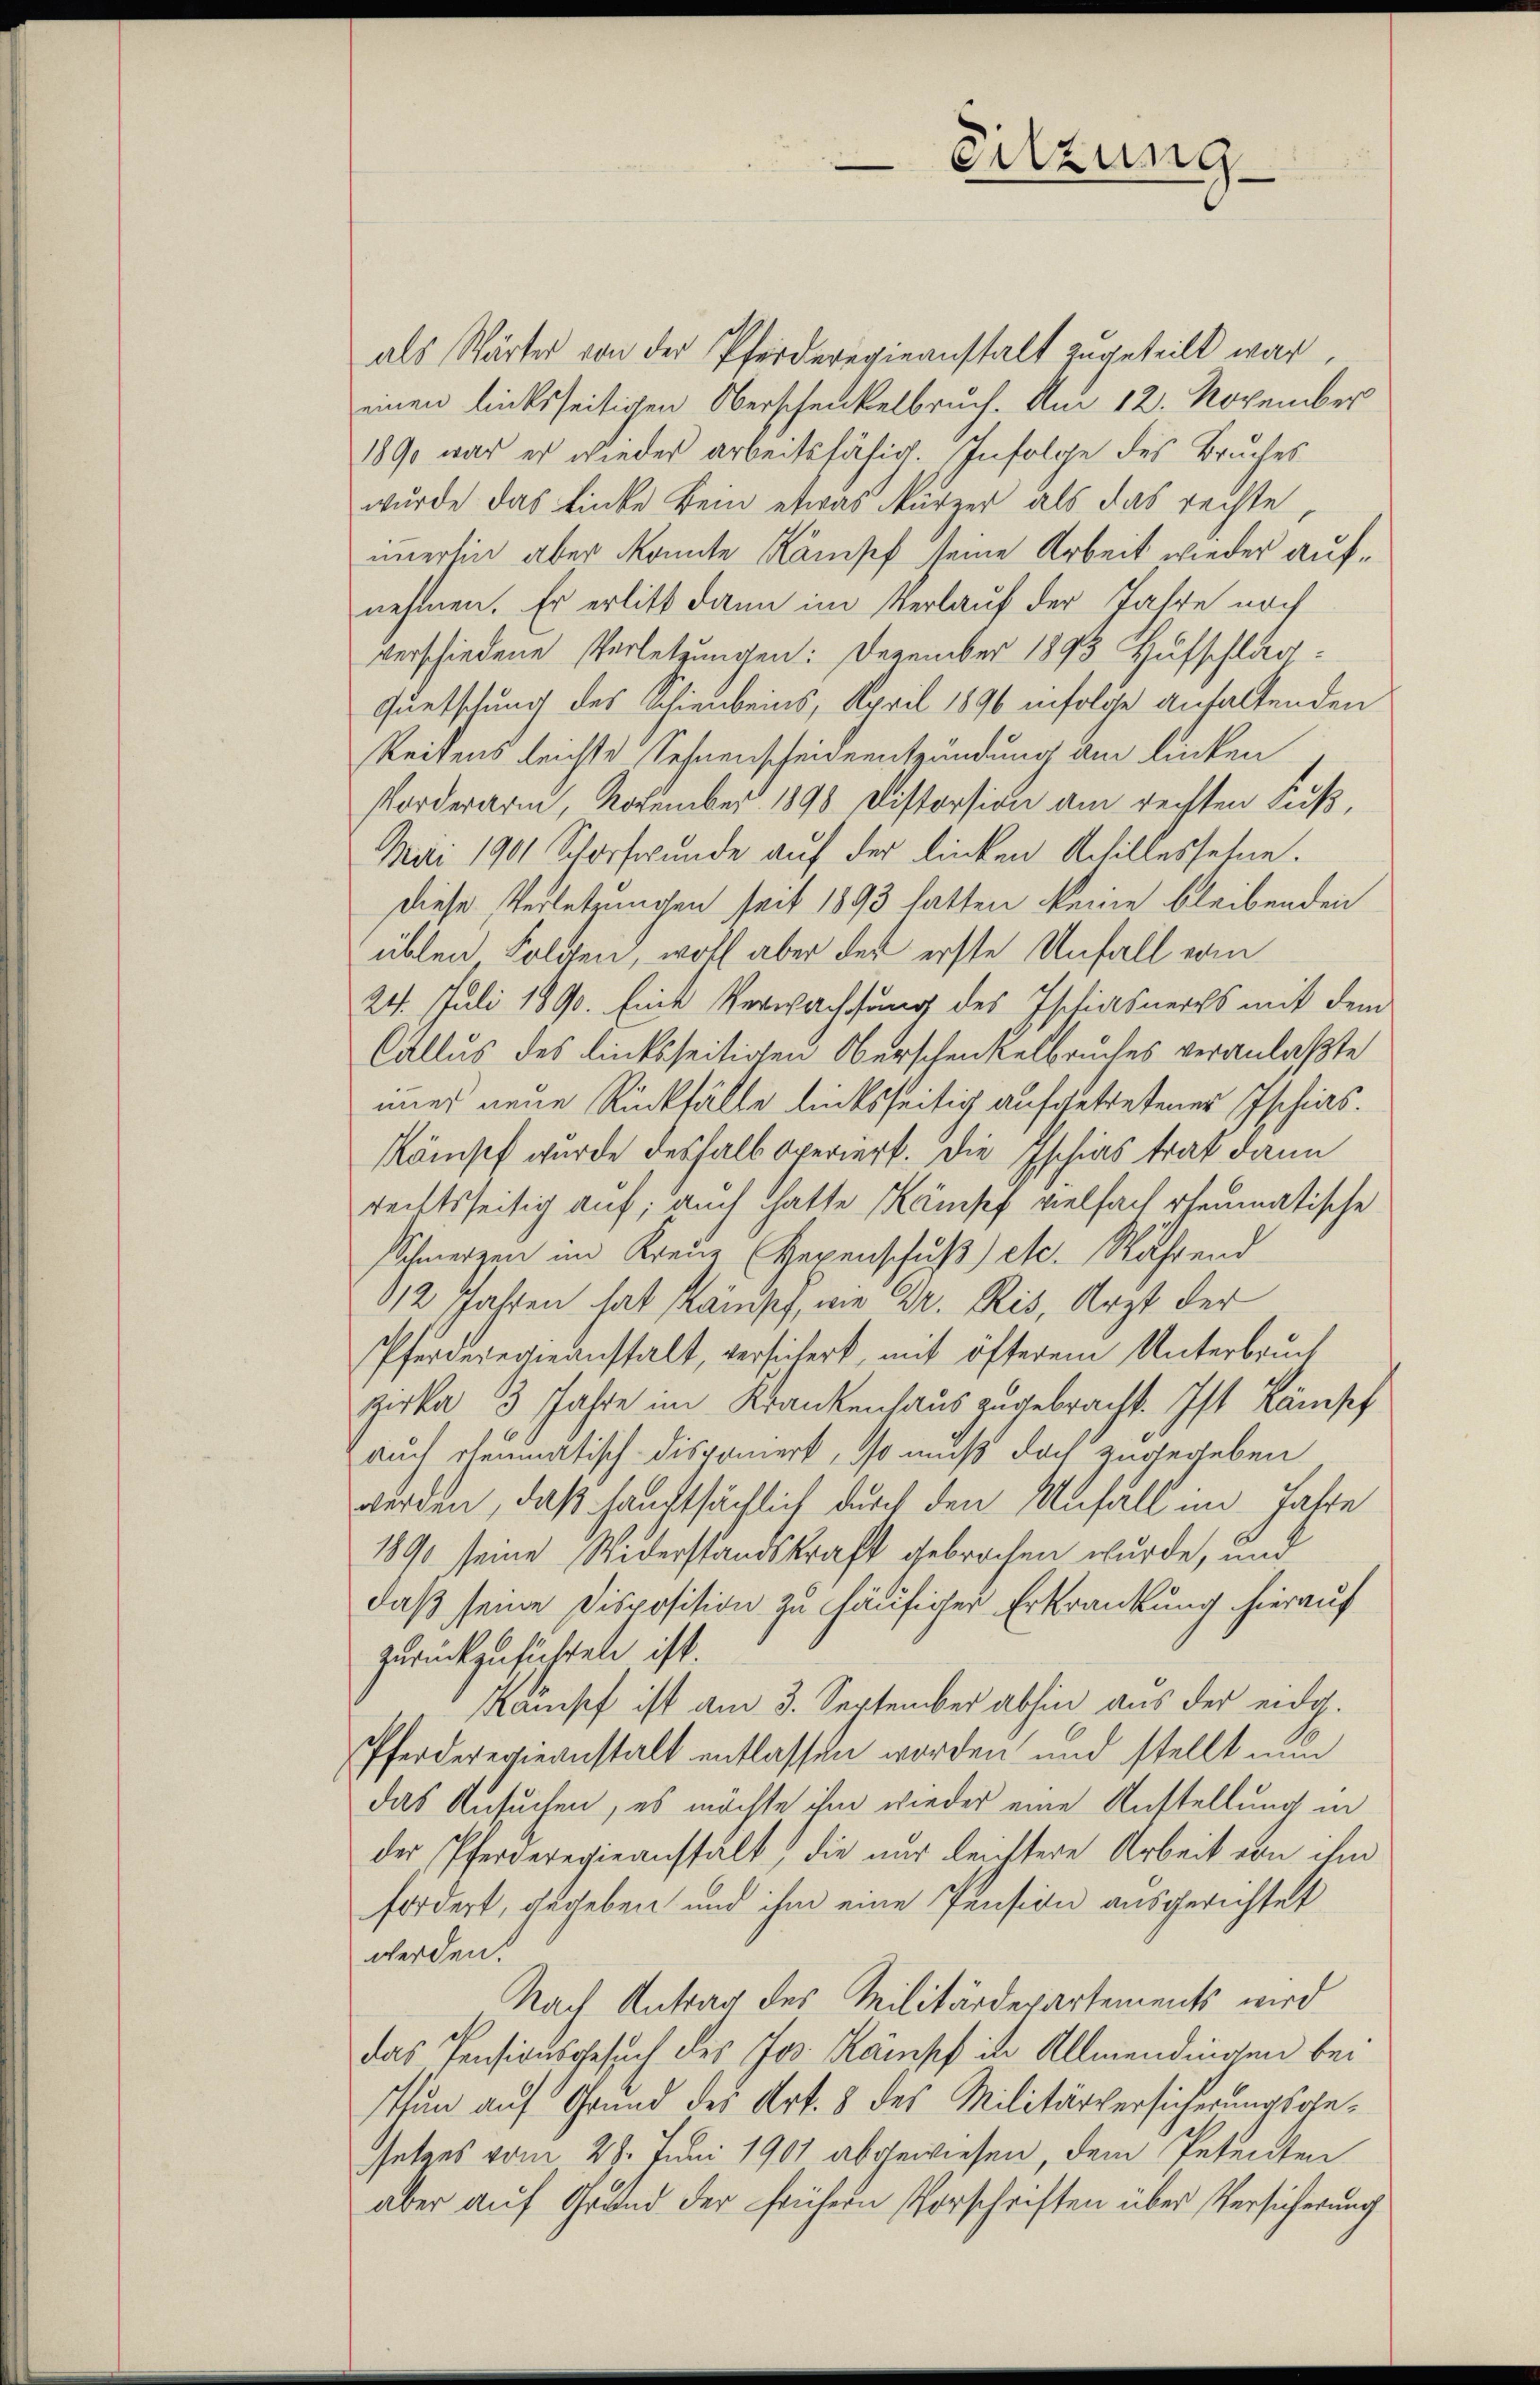
als Wärter von der Pferderegieanstalt zugeteilt war,
einen linksseitigen Oberschenkelbruch. Am 12. November
1890 war er wieder arbeitsfähig. Infolge des Bruches
wurde das Linke kein etwas kürzer als das rechte,
imerhin aber konnte Kampf seine Arbeit wieder aufnehmen. Er erlitt dann im Verlauf der Jahre noch
verschiedene Verletzungen: Dezember 1893 Hufschläg
Füetschung des Schienbeins, April 1896 infolge anhaltenden
Reitens leichte Sehnenscheidentzündung am linken
Vorderarm, November 1890 Distersion am rechten Fuß,
Mai 1901 Schorfwunde auf der linken Achillesselne.
Diese Verletzungen seit 1893 hatten keine bleibenden
üblen Folgen, wohl aber der erste Unfall vom
24. Juli 1890. Eine Verwachsung des Ischiasners mit dem
Callus des linksseitigen Oberschenkelbruches veranlaßte
mier neue Rückfälle linksseitig aufgetretener Ischias.
Kömisch wurde deshalb operiert. Die Ischias trat dann
rechtsseitig auf; auch hatte Kampf vielfach rheumatische
Schmerzen im Kreue Gegenschuß) etc. Während
112 Jahren hat Kämpf, wie Dr. Ris, Arzt der
Pferdererbeanstalt, versichert, mit öfterem Unterbruch
zerka 13 Jahre im Krankenhaus zugebracht. Ist Kämpf
auch rheumatisch-Disponiert, so muß doch zugegeben
würden, daß hauptsächlich durch den Unfall im Fahre
1890 seine Widerstandskraft gebrochen wurde, und
daß seine Disposition zu häufiger Erkrankung hierauf
zurückzuführen ist.
Kampf ist am 3. September abhin aus der eidg.
Pferderegieanstalt entlassen worden und stellt nun
das Ansuchen, es möchte ihm wieder eine Anstellung in
der Pferderegieanstalt) die nur leichtere Arbeit von ihm
fordert, gegeben und ihm eine Pension ausgerichtet
werden.
Nach Antrag des Militärdepartements wird
das Pensionsgesuch des Jos. Kampf in Allmendingen bei
Thun auf Grund des Art. 8 des Militärversicherungsgesetzes vom 29. Juni 1901 abgewiesen, dem Petenten
aber auf Grund der frühern Vorschriften über Versicherung

Sitzung